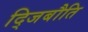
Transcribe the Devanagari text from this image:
द्जिबौति